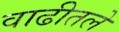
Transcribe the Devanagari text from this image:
वाढीतले